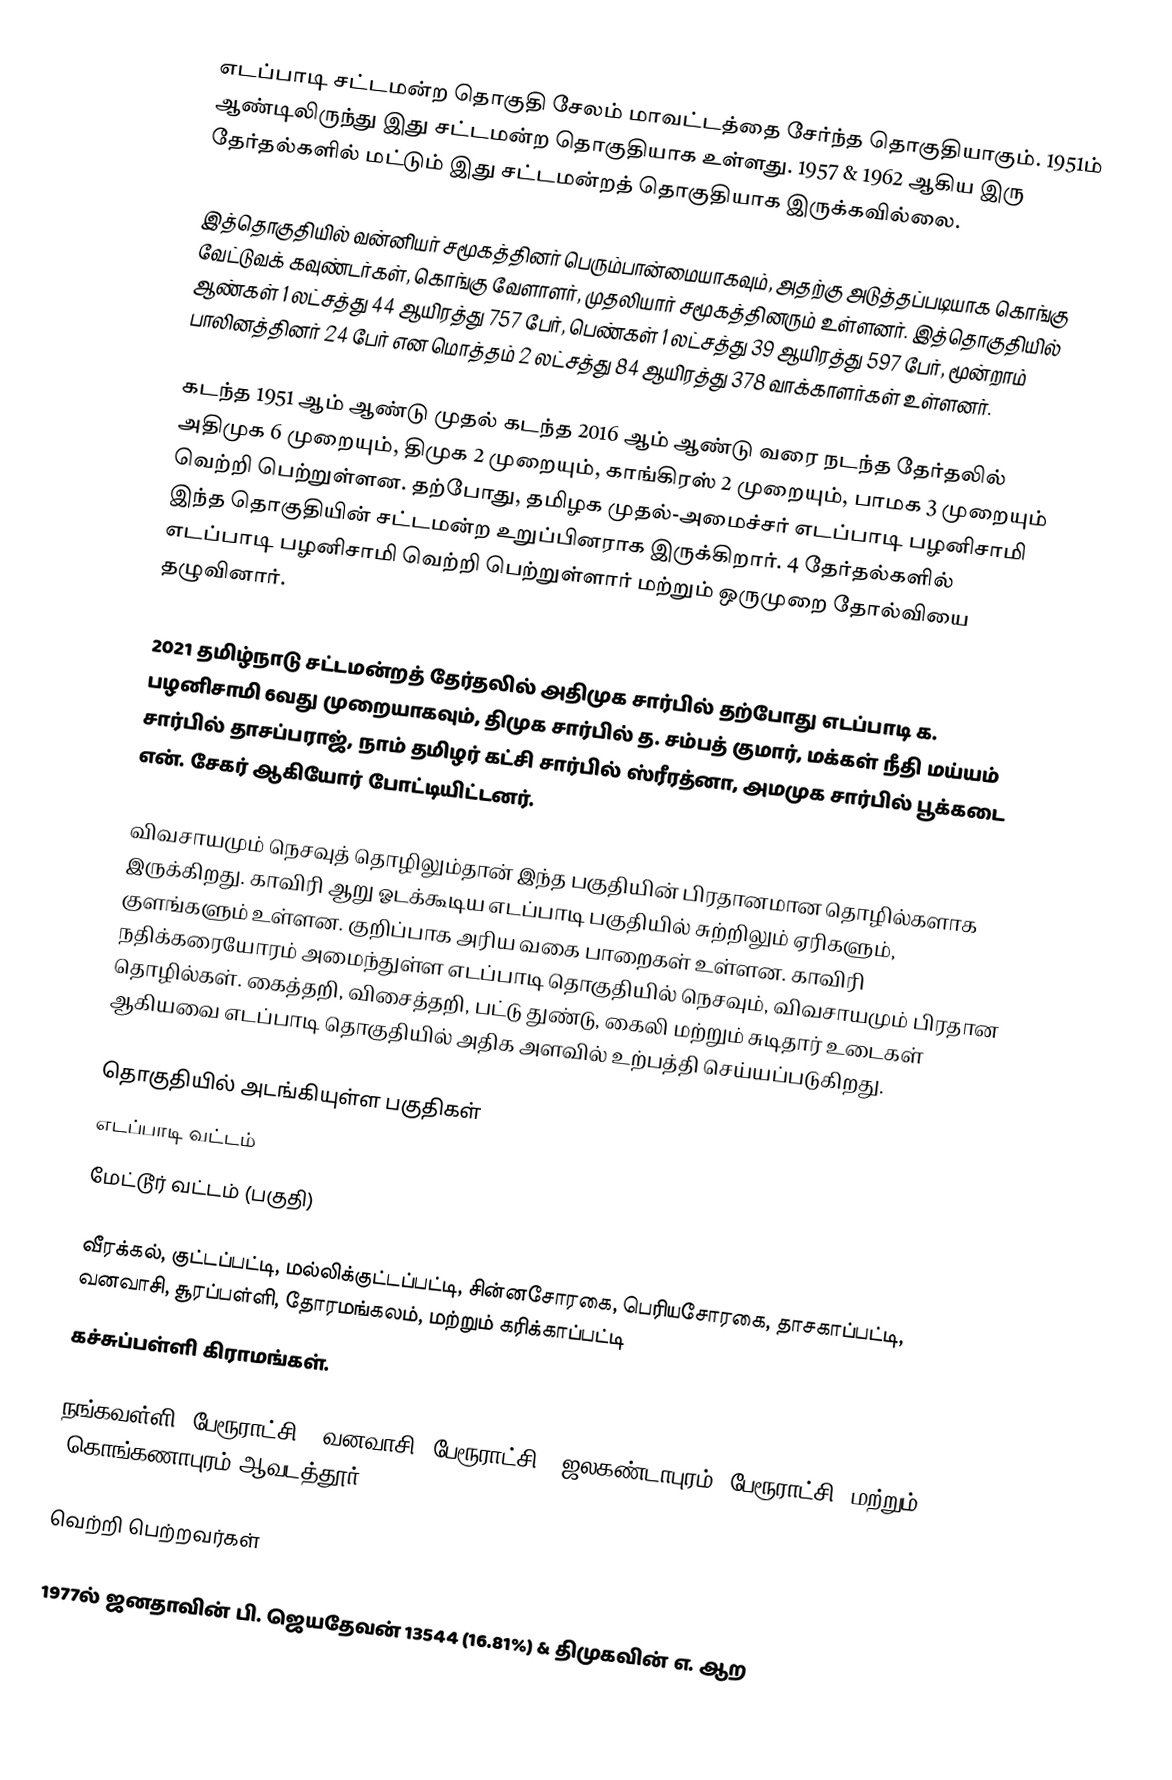
எடப்பாடி சட்டமன்ற தொகுதி சேலம் மாவட்டத்தை சேர்ந்த தொகுதியாகும். 1951ம் ஆண்டிலிருந்து இது சட்டமன்ற தொகுதியாக உள்ளது. 1957 & 1962 ஆகிய இரு தேர்தல்களில் மட்டும் இது சட்டமன்றத் தொகுதியாக இருக்கவில்லை.

இத்தொகுதியில் வன்னியர் சமூகத்தினர் பெரும்பான்மையாகவும், அதற்கு அடுத்தப்படியாக கொங்கு வேட்டுவக் கவுண்டர்கள், கொங்கு வேளாளர், முதலியார் சமூகத்தினரும் உள்ளனர். இத்தொகுதியில் ஆண்கள் 1 லட்சத்து 44 ஆயிரத்து 757 பேர், பெண்கள் 1 லட்சத்து 39 ஆயிரத்து 597 பேர், மூன்றாம் பாலினத்தினர் 24 பேர் என மொத்தம் 2 லட்சத்து 84 ஆயிரத்து 378 வாக்காளர்கள் உள்ளனர்.

கடந்த 1951 ஆம் ஆண்டு முதல் கடந்த 2016 ஆம் ஆண்டு வரை நடந்த தேர்தலில் அதிமுக 6 முறையும், திமுக 2 முறையும், காங்கிரஸ் 2 முறையும், பாமக 3 முறையும் வெற்றி பெற்றுள்ளன. தற்போது, தமிழக முதல்-அமைச்சர் எடப்பாடி பழனிசாமி இந்த தொகுதியின் சட்டமன்ற உறுப்பினராக இருக்கிறார். 4 தேர்தல்களில் எடப்பாடி பழனிசாமி வெற்றி பெற்றுள்ளார் மற்றும் ஒருமுறை தோல்வியை தழுவினார்.

2021 தமிழ்நாடு சட்டமன்றத் தேர்தலில் அதிமுக சார்பில் தற்போது எடப்பாடி க. பழனிசாமி 6வது முறையாகவும்,   திமுக சார்பில் த. சம்பத் குமார், மக்கள் நீதி மய்யம் சார்பில் தாசப்பராஜ், நாம் தமிழர் கட்சி சார்பில் ஸ்ரீரத்னா, அமமுக சார்பில் பூக்கடை என். சேகர் ஆகியோர் போட்டியிட்டனர்.

விவசாயமும் நெசவுத் தொழிலும்தான் இந்த பகுதியின் பிரதானமான தொழில்களாக இருக்கிறது. காவிரி ஆறு ஓடக்கூடிய எடப்பாடி பகுதியில் சுற்றிலும் ஏரிகளும், குளங்களும் உள்ளன. குறிப்பாக அரிய வகை பாறைகள் உள்ளன. காவிரி நதிக்கரையோரம் அமைந்துள்ள எடப்பாடி தொகுதியில் நெசவும், விவசாயமும் பிரதான தொழில்கள். கைத்தறி, விசைத்தறி, பட்டு துண்டு, கைலி மற்றும் சுடிதார் உடைகள் ஆகியவை எடப்பாடி தொகுதியில் அதிக அளவில் உற்பத்தி செய்யப்படுகிறது.

தொகுதியில் அடங்கியுள்ள பகுதிகள்
 எடப்பாடி வட்டம்
 மேட்டூர் வட்டம் (பகுதி)

வீரக்கல், குட்டப்பட்டி, மல்லிக்குட்டப்பட்டி, சின்னசோரகை, பெரியசோரகை, தாசகாப்பட்டி, வனவாசி, சூரப்பள்ளி, தோரமங்கலம், மற்றும் கரிக்காப்பட்டி
கச்சுப்பள்ளி கிராமங்கள்.

நங்கவள்ளி (பேரூராட்சி), வனவாசி (பேரூராட்சி), ஜலகண்டாபுரம் (பேரூராட்சி) மற்றும் (கொங்கணாபுரம்)ஆவடத்தூர்

வெற்றி பெற்றவர்கள்

1977ல் ஜனதாவின் பி. ஜெயதேவன் 13544 (16.81%) & திமுகவின் எ. ஆற